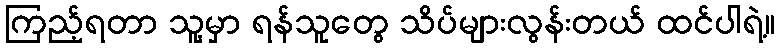
ကြည့်ရတာ သူ့မှာ ရန်သူတွေ သိပ်များလွန်းတယ် ထင်ပါရဲ့။